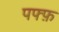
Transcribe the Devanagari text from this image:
पफ्फ़